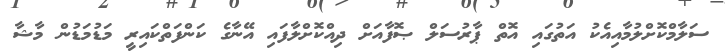
ސަލާމްކޮށްލުމާއިއެކު އަތުގައި އޮތް ޕާރުސަލް ޞޮފާއަށް ދިއްކޮށްލާފައި އޭނާގެ ކަންފަތްކައިރީ މަޑުމަޑުން މާޝާ